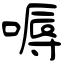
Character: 嗕